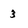
Character: 3